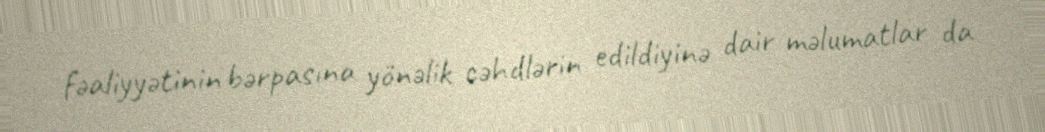
fəaliyyətinin bərpasına yönəlik cəhdlərin edildiyinə dair məlumatlar da